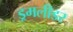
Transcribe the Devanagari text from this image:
ड्रमलीडर